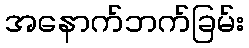
အနောက်ဘက်ခြမ်း